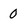
Character: 0